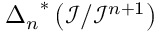
{ \Delta _ { n } } ^ { * } \left( { \mathcal { I } } / { \mathcal { I } } ^ { n + 1 } \right)